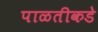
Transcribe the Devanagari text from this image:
पाळतीकडे